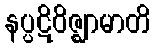
နပ္ပဋိဝိဇ္ဈာမာတိ